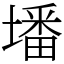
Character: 墦